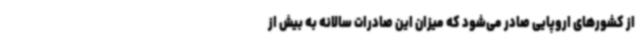
از کشورهای اروپایی صادر می‌شود که میزان این صادرات سالانه به بیش از